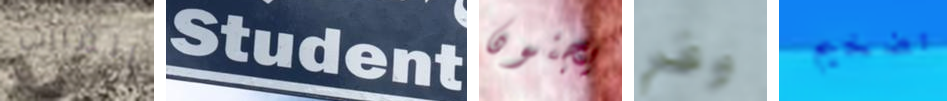
القارب Student يجنون وفر تضخيم